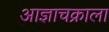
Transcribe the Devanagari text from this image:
आज्ञाचक्राला